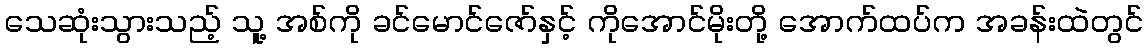
သေဆုံးသွားသည့် သူ့ အစ်ကို ခင်မောင်ဇော်နှင့် ကိုအောင်မိုးတို့ အောက်ထပ်က အခန်းထဲတွင်